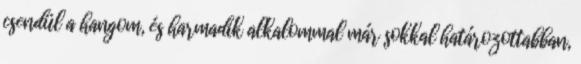
csendül a hangom, és harmadik alkalommal már sokkal határozottabban,